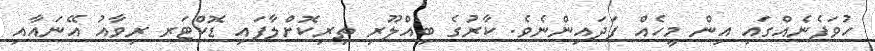
ހުވަފެނެއްގައި އިން މީހެއް ފަދައިންނެވެ. ކާރުގެ ބިއްލޫރި ތިރިކޮށްލާފައި ޑޮކްޓަރ ރިވާއު އޭނައާއި